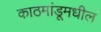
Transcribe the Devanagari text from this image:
काठमांडूमधील